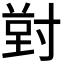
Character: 𭔸